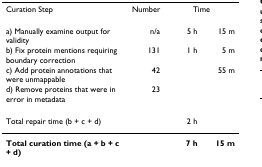
| Curation Step | Number | <COLSPAN=2> Time |
 | --- | --- | --- | --- |
 | a) Manually examine output for validity | n/a | 5 h | 15 m |
 | b) Fix protein mentions requiring boundary correction | 131 | 1 h | 5 m |
 | c) Add protein annotations that were unmappable | 42 |  | 55 m |
 | d) Remove proteins that were in error in metadata | 23 |  |  |
 | Total repair time (b + c + d) |  | 2 h |  |
 | Total curation time (a + b + c + d) |  | 7 h | 15 m |